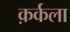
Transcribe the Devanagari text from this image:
क़र्कला